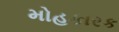
મોહકારક